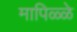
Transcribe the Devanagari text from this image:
मापिळ्ळे